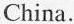
China.